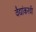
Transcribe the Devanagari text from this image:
वैद्यांकरवी